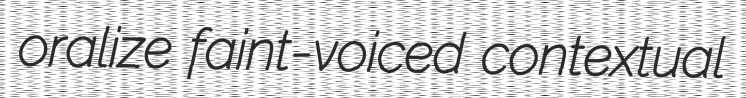
oralize faint-voiced contextual